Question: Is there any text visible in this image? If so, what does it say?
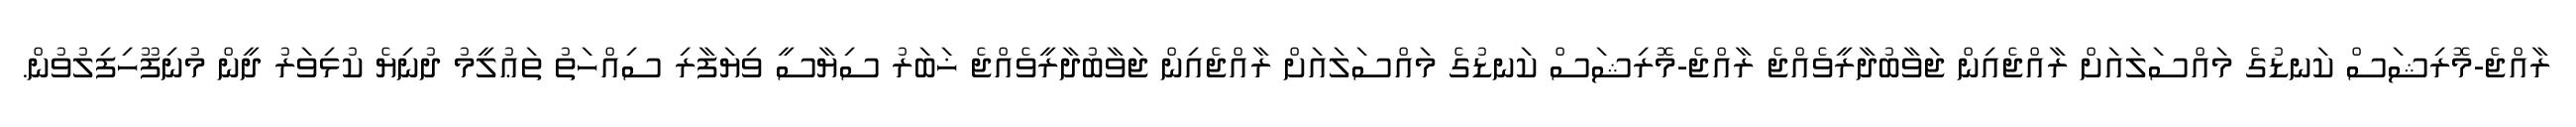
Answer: ރާއްޖެ-މޮރިޝަސް ކަނޑުގެ މައްސަލައަށް ރާއްޖެއިން ޖަވާބުދާރީވެއްޖެ ރާއްޖެ-މޮރިޝަސް ކަނޑުގެ މައްސަލައަށް ރާއްޖެއިން ޖަވާބުދާރީވެއްޖެ ޚަބަރު ސިޔާސީ ވިޔަފާރި ސިއްހަތު ތަޢުލީމު ދުނިޔެ ކުޅިވަރު ދީން މުނިފޫހިފިލުވުން.